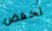
تخفض